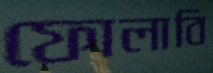
ফোলাবি